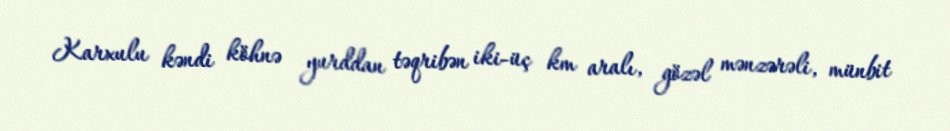
Karxulu kəndi köhnə yurddan təqribən iki-üç km aralı, gözəl mənzərəli, münbit